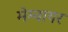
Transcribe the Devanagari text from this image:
मेम्वायर